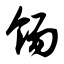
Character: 饧